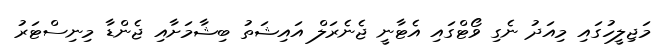
މަޖިލީހުގައި މިއަދު ނެގި ވޯޓްގައި އެޓާނީ ޖެނެރަލް އައިޝަތު ބިޝާމަށާއި ޖެންޑާ މިނިސްޓަރު